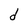
Character: d